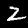
Label: 2